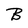
Character: B